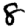
Digit: 8